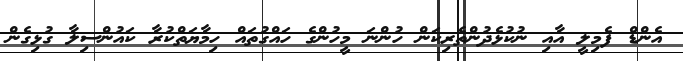
އެންޑް ފެމިލީ އާއި ނުކުޅެދުންތެރިކަން ހުންނަ މީހުންގެ ހައްގުތައް ހިމާޔަތްކުރާ ކައުންސިލާ ގުޅިގެން